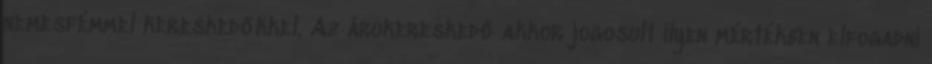
nemesfémmel kereskedőkkel. Az árukereskedő akkor jogosult ilyen mértékben elfogadni